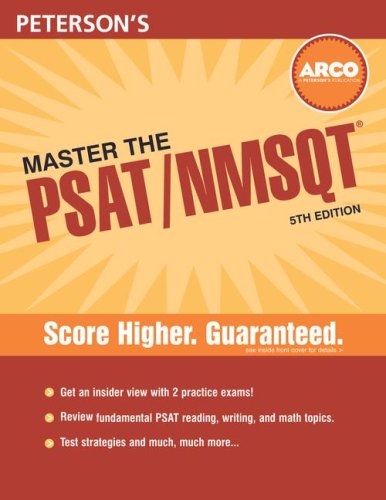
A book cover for Master the PSAT/NMSQT, 5th Edition (Peterson's Master the PSAT/Nmsq); Shirley Tarbell; Test Preparation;